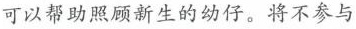
可以帮助照顾新生的幼仔。将不参与